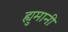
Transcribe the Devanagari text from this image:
ह्युमानी